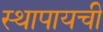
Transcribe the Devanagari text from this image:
स्थापायची